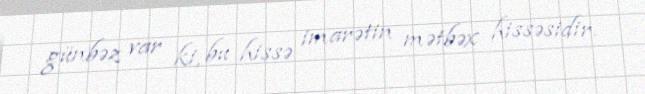
günbəz var ki, bu hissə imarətin mətbəx hissəsidir.